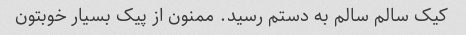
کیک سالم سالم به دستم رسید. ممنون از پیک بسیار خوبتون